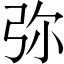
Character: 弥